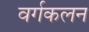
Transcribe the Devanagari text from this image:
वर्गकलन